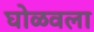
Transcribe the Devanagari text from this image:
घोळवला